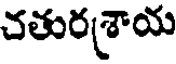
చతురశ్రాయ